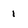
Character: 1